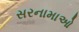
સરનામાઓ